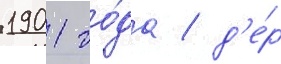
1901 го́да / д'е́р